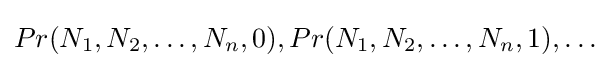
Pr(N_{1},N_{2},\dots ,N_{n},0),Pr(N_{1},N_{2},\dots ,N_{n},1),\dots